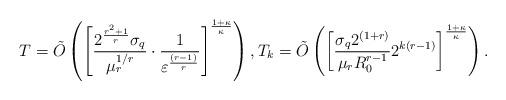
LaTeX: \begin{align*} T = \tilde{O}\left( \left[ \frac{2^\frac{r^2 + 1}{r}\sigma_q}{\mu_r^{1/r}} \cdot \frac{1}{\varepsilon^{\frac{(r-1)}{r}}}\right]^\frac{1+\kappa}{\kappa} \right), T_k = \tilde{O}\left( \left[ \frac{\sigma_q 2^{(1+r)}}{\mu_r R_0^{r-1}} 2^{k(r-1)}\right]^\frac{1+\kappa}{\kappa} \right). \end{align*}